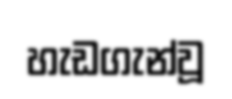
හැඩගැන්වූ